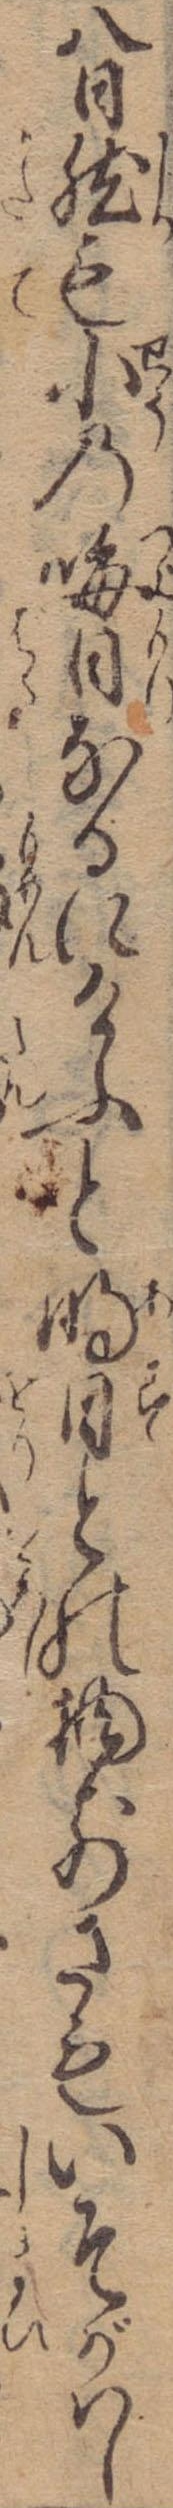
八日然も小の晦日なるにけふと明日との物前さもいそがはし